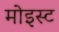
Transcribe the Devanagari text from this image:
मोइस्ट